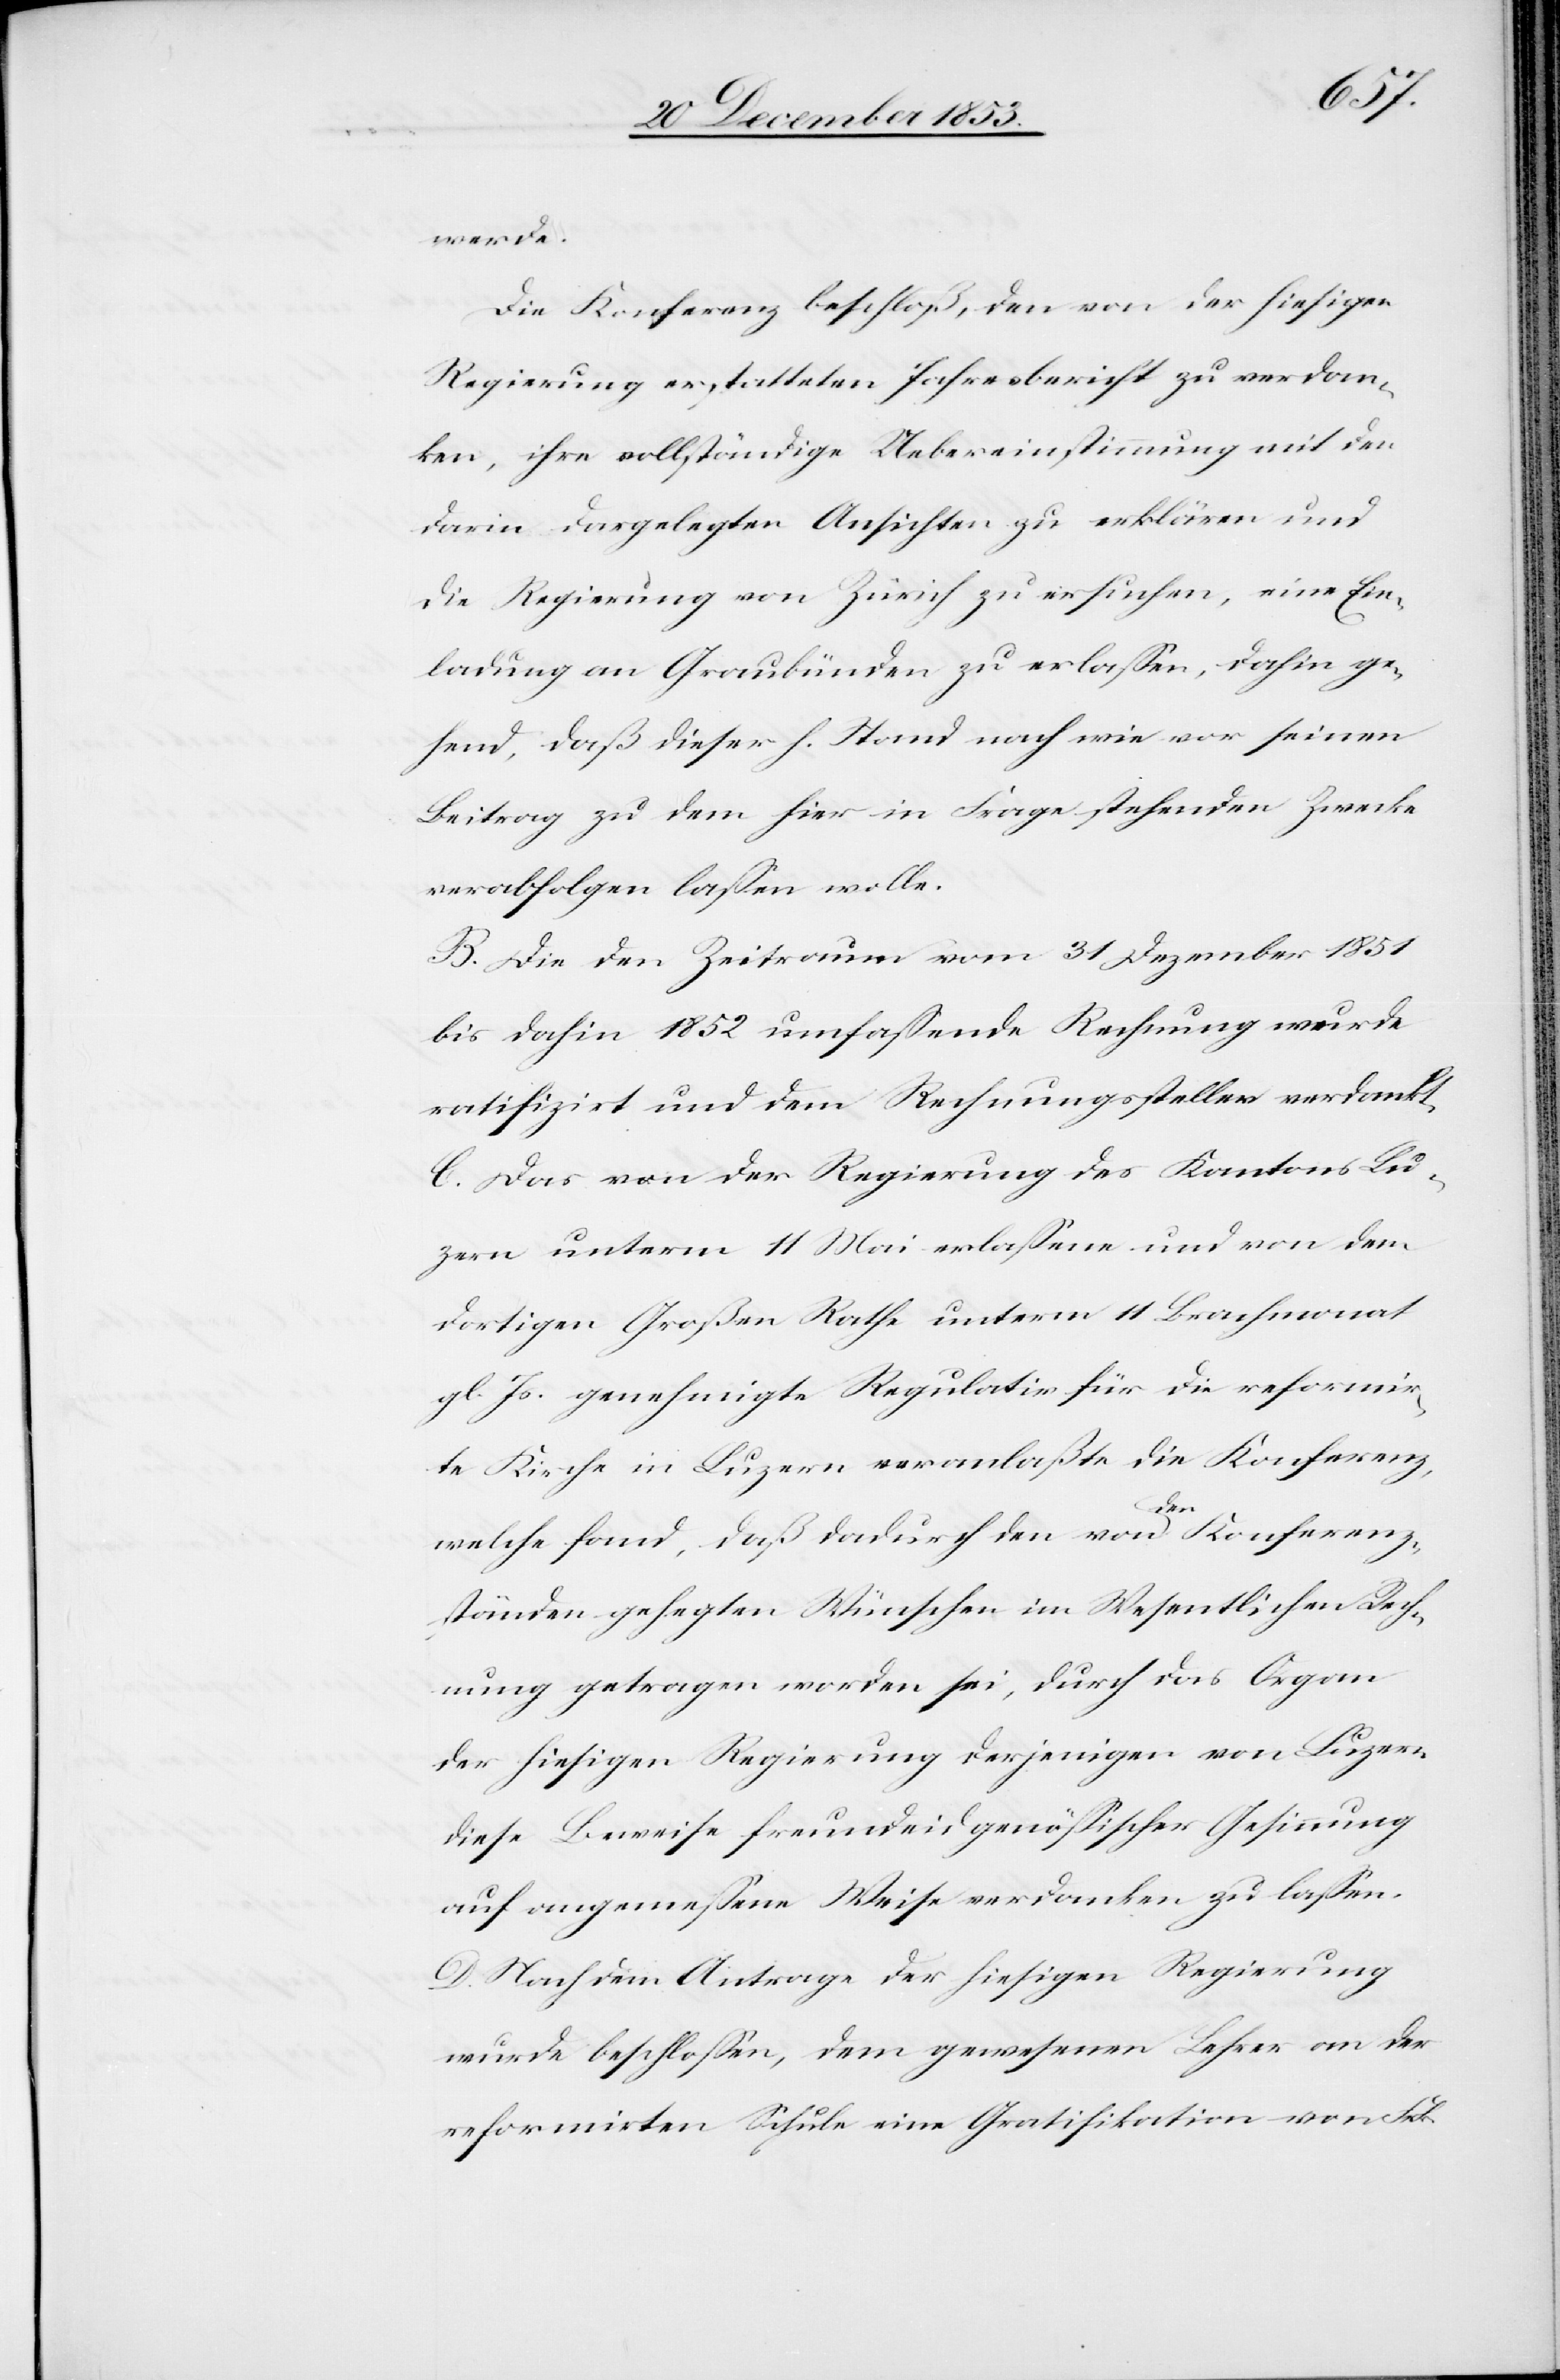
werde.
Die Konferenz beschloß, den von der hiesigen
Regierung erstatteten Jahresbericht zu verdan¬
ken, ihre vollständige Uebereinstimmung mit den
darin dargelegten Ansichten zu erklären und
die Regierung von Zürich zu ersuchen, eine Ein¬
ladung an Graubünden zu erlaßen, dahin ge¬
hend, daß dieser h. Stand nach wie vor seinem
Beitrag zu dem hier in Frage stehenden Zwecke
verabfolgen laßen wolle.
B. Die den Zeitraum vom 31 Dezember 1851
bis dahin 1852 umfaßende Rechnung wurde
ratifizirt und dem Rechnungssteller verdankt.
C. Das von der Regierung des Kantons Lu¬
zern unterm 11 Mai erlaßene und von dem
dortigen Großen Rathe unterm 11 Brachmonat
gl. Js. genehmigte Regulativ für die reformir¬
te Kirche in Luzern veranlaßte die Konferenz,
welche fand, daß dadurch den von den Konferenz¬
ständen gehegten Wünschen im Wesentlichen Rech¬
nung getragen worden sei, durch das Organ
der hiesigen Regierung derjenigen von Luzern
diese Beweise freundeidgenößischer Gesinnung
auf angemeßene Weise verdanken zu laßen.
D. Nach dem Antrage der hiesigen Regierung
wurde beschloßen, dem gewesenen Lehrer an der
reformirten Schule eine Gratifikation von Frk.